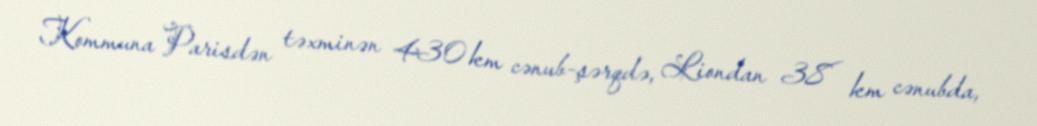
Kommuna Parisdən təxminən 430 km cənub-şərqdə, Liondan 38 km cənubda,